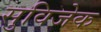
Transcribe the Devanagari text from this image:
सुविजेक